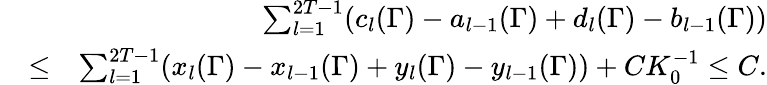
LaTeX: \begin{array}{rlr}&{}&{\sum_{l=1}^{2T-1}(c_{l}(\Gamma)-a_{l-1}(\Gamma)+d_{l}(\Gamma)-b_{l-1}(\Gamma))}\\ &{\leq}&{\sum_{l=1}^{2T-1}(x_{l}(\Gamma)-x_{l-1}(\Gamma)+y_{l}(\Gamma)-y_{l-1}(\Gamma))+CK_{0}^{-1}\leq C.}\end{array}